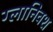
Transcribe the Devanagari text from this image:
ग्लानिवश